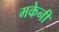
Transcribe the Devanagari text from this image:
मकेनी